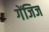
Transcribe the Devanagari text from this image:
गेंजिज